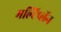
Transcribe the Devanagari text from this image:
मल्टिप्लॅन